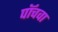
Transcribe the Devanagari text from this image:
पॉचवा